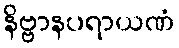
နိဗ္ဗာနပရာယဏံ